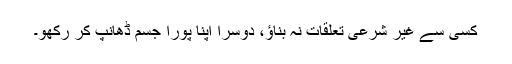
کسی سے غیر شرعی تعلقات نہ بناؤ، دوسرا اپنا پورا جسم ڈھانپ کر رکھو۔